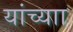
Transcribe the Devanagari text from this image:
यांच्याा